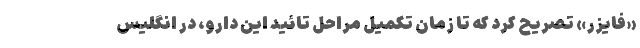
«فایزر» تصریح کرد که تا زمان تکمیل مراحل تائید این دارو، در انگلیس